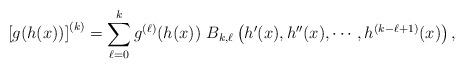
LaTeX: \begin{align*}\left[g(h(x))\right]^{(k)}=\sum_{\ell=0}^kg^{(\ell)}(h(x))~B_{k,\ell}\left(h'(x),h''(x),\cdots, h^{(k-\ell+1)}(x)\right),\end{align*}